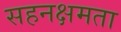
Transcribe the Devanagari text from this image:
सहनक्षमता